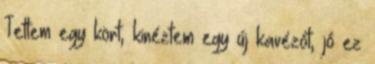
Tettem egy kört, kinéztem egy új kavézót, jó ez